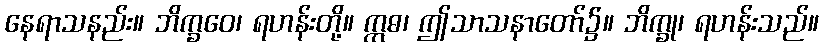
နေရာသနည်း။ ဘိက္ခဝေ၊ ရဟန်းတို့။ ဣဓ၊ ဤသာသနာတော်၌။ ဘိက္ခု၊ ရဟန်းသည်။